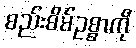
စည်းစိမ်ဥစ္စာကို